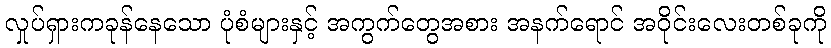
လှုပ်ရှားကခုန်နေသော ပုံစံများနှင့် အကွက်တွေအစား အနက်ရောင် အဝိုင်းလေးတစ်ခုကို